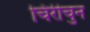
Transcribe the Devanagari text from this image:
चिरीचुन